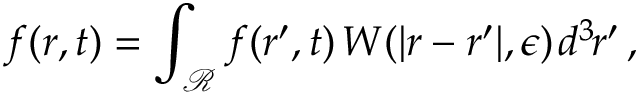
f ( \boldsymbol { r } , t ) = \int _ { \mathcal { R } } f ( \boldsymbol { r } ^ { \prime } , t ) \! \; W ( | \boldsymbol { r } - \boldsymbol { r } ^ { \prime } | , \epsilon ) \! \; d ^ { 3 \! } \boldsymbol { r } ^ { \prime } \, ,